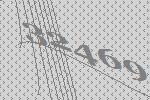
32469